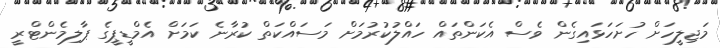
މަޖިލީހަށް ހުށަހަޅައިގެން ވެސް އެކަންތައް ހައްލުކުރުމަށް މަސައްކަތް ކުރާނެ ކަމަށް އެމްޑީޕީގެ ޕާލިމެންޓްރީ